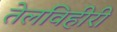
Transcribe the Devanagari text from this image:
तेलविहीरी